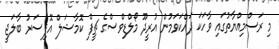
މި ރަސްމިއްޔާތުގައި ވާހަކަ ދައްކަވަމުން އުރީދޫ މޯލްޑިވްސްގެ ޗީފް ކޮމާޝަލް އޮފިސަރު ބާލަޖީ